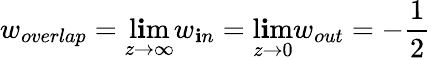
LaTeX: w_{overlap}=\operatorname*{l\mathbf{i}m}_{z\to\infty}w_{\mathbf{i}n}=\operatorname*{l\mathbf{i}m}_{z\to0}w_{out}=-\frac{{1}}{{2}}